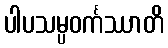
ပါပသမ္ပဝင်္ကဿာတိ